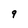
Character: 9